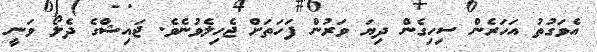
އެވަގުތު އަހަރެން ސިހިގެން ދިޔަ ވަރުން ފަހަތަށް ޖެހިލެވުނެވެ. ޖައިޝްގެ ދެލޯ ވަނީ